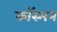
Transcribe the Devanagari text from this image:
कॉस्मन